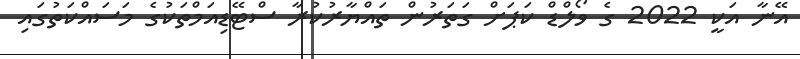
އޭނާ އަކީ 2022 ގެ ވޯލްޑް ކަޕަށް ގަތަރުން ތައްޔާރުކުރާ ސްޓޭޑިއަމްތަކުގެ މަސައްކަތުގައި